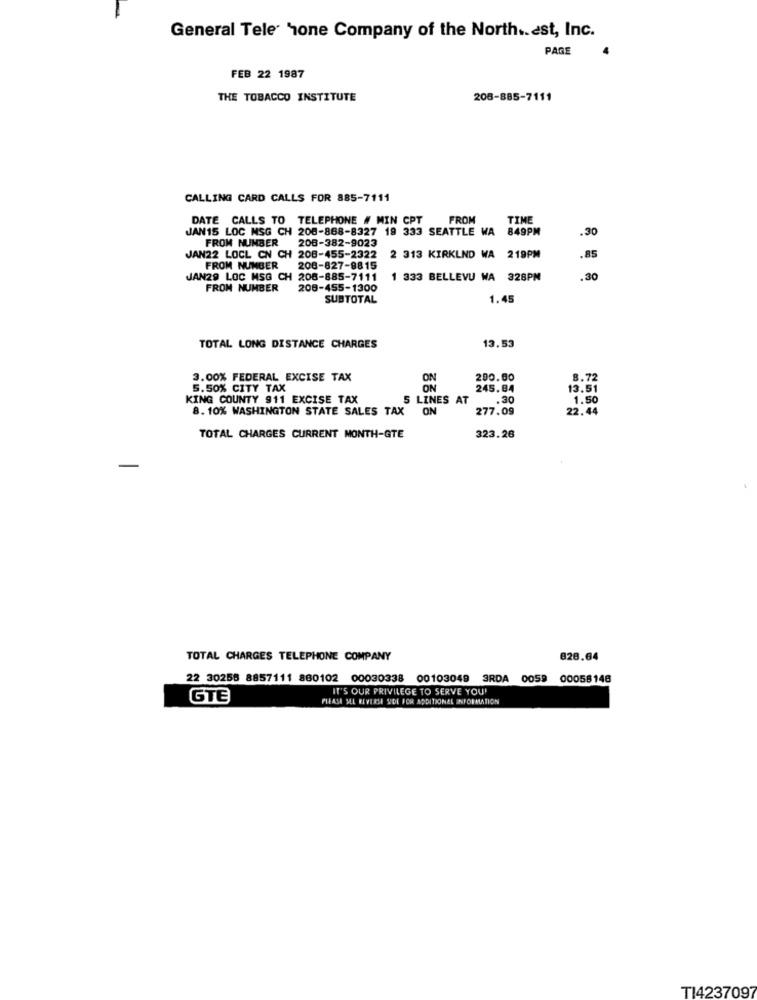
General Tele Tone Company of the North .. est, Inc.
PAGE
FEB 22 1987
THE TOBACCO INSTITUTE
208-885-7111
CALLING CARD CALLS FOR 885-7111
DATE CALLS TO TELEPHONE # MIN CPT
FROM
TIME
JAN15 LOC MSG CH 208-868-8327 19 333 SEATTLE WA
849PM
.30
FROM NUMBER 208-382-9023
JAN22 LOCL CN CH 208-455-2322
2 313 KIRKLND WA
219PM
.85
FROM NUMBER 208-827-8815
JAN29 LOC MSG CH 208-885-7111
1 333 BELLEVU WA 328PM
.30
FROM NUMBER
206-455-1300
SUBTOTAL
1.45
TOTAL LONG DISTANCE CHARGES
13.53
3.00% FEDERAL EXCISE TAX
ON
200.00
8.72
5.50% CITY TAX
ON
245.84
13.51
KING COUNTY 911 EXCISE TAX
5 LINES AT
.30
1.50
8. 10% WASHINGTON STATE SALES TAX
ON
277.09
22.44
TOTAL CHARGES CURRENT MONTH-GTE
323.26
TOTAL CHARGES TELEPHONE COMPANY
828.64
22 30255 8857111 880102 00030338
00103049
3RDA 0059
00058148
IT'S OUR PRIVILEGE TO SERVE YOU'
GTE
PLEASE MEL RIVERSE SIDE FOR ADDITIONAL INFORMATION
TI4237097